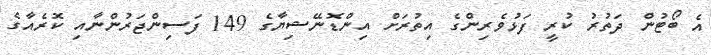
އެ ބޯޓުން ދަތުރު ކުރީ ފަޅުވެރިންގެ އިތުރަށް އިންޑޮނޭޝިޔާގެ 149 ފަސިންޖަރުންނާއި ކޮރެއާގެ